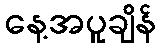
နေ့အပူချိန်